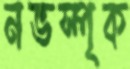
নভস্পৃক